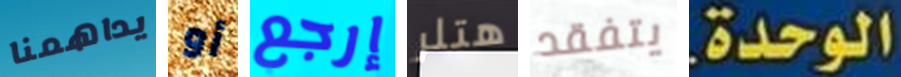
يداهمنا أو إرجع هتلر يتفقد الوحدة